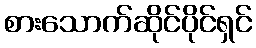
စားသောက်ဆိုင်ပိုင်ရှင်